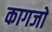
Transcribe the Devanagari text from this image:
कागजाें